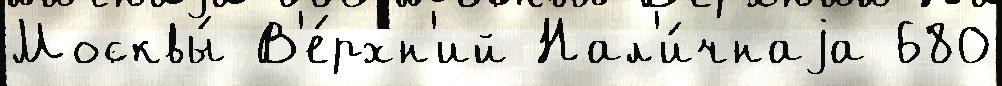
Москвы́ В'е́рхн'ий Нал'и́чнаjа 680